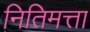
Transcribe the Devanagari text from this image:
नितिमत्ता